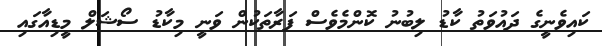
ކައިވެނީގެ ދައުވަތު ކާޑު ލިބުނު ކޮންމެވެސް ފަރާތަކުން ވަނީ މިކާޑު ސޯޝަލް މީޑިއާގައި